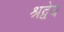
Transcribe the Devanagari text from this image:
श्रद्वेय